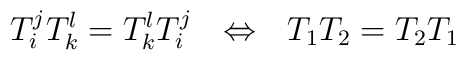
T_{i} ^{j}T_{k} ^{l}  = T_{k} ^{l}T_{i} ^{j}\ \ \Leftrightarrow \ \ T_{1}T_{2} = T_{2}T_{1}